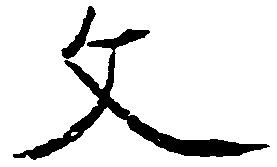
文